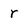
Character: r